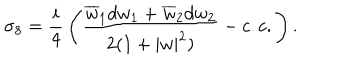
\sigma _ { 8 } = { \frac { i } { 4 } } \left( { \frac { \overline { { { w } } } _ { 1 } d w _ { 1 } + \overline { { { w } } } _ { 2 } d w _ { 2 } } { 2 ( 1 + | w | ^ { 2 } ) } } - c . c . \right) .